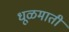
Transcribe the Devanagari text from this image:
धूळमाती